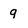
Character: g